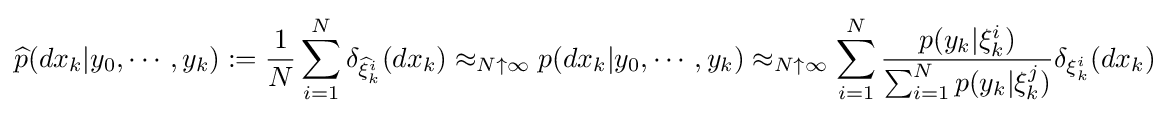
{\widehat {p}}(dx_{k}|y_{0},\cdots ,y_{k}):={\frac {1}{N}}\sum _{i=1}^{N}\delta _{{\widehat {\xi }}_{k}^{i}}(dx_{k})\approx _{N\uparrow \infty }p(dx_{k}|y_{0},\cdots ,y_{k})\approx _{N\uparrow \infty }\sum _{i=1}^{N}{\frac {p(y_{k}|\xi _{k}^{i})}{\sum _{i=1}^{N}p(y_{k}|\xi _{k}^{j})}}\delta _{\xi _{k}^{i}}(dx_{k})